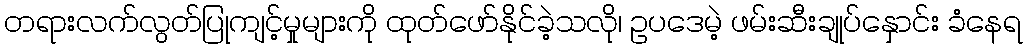
တရားလက်လွတ်ပြုကျင့်မှုများကို ထုတ်ဖော်နိုင်ခဲ့သလို၊ ဥပဒေမဲ့ ဖမ်းဆီးချုပ်နှောင်း ခံနေရ